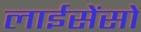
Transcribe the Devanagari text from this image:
लाईसेंसों